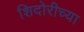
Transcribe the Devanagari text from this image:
शिदोरीच्या